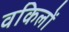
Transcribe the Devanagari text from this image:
वकिलों